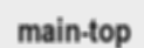
main-top